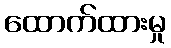
ထောက်ထားမှု